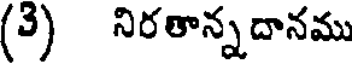
(3) నిరతాన్నదానము